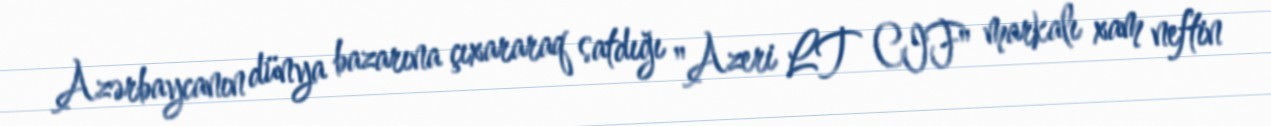
Azərbaycanın dünya bazarına çıxararaq satdığı "Azeri LT CIF" markalı xam neftin